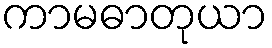
ကာမဓာတုယာ